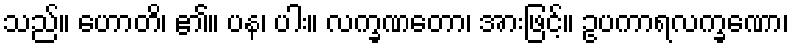
သည်။ ဟောတိ၊ ၏။ ပန၊ ပါး။ လက္ခဏတော၊ အားဖြင့်။ ဥပကာရလက္ခဏော၊